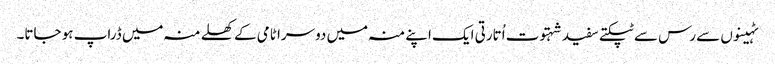
ٹہینوں سے رس سے ٹپکتے سفید شہتوت اُتارتی ایک اپنے منہ میں دوسرا ٹامی کے کھلے منہ میں ڈراپ ہو جاتا۔